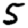
Digit: 5